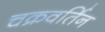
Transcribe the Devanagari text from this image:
चक्रवर्तिन